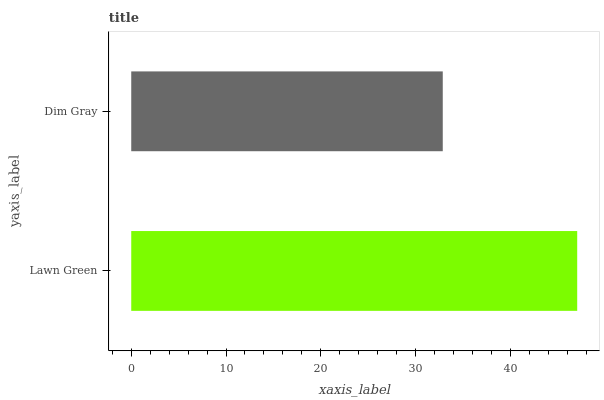
| yaxis_label | bars |
 | --- | --- |
 | Lawn Green | 47 |
 | Dim Gray | 32.9 |